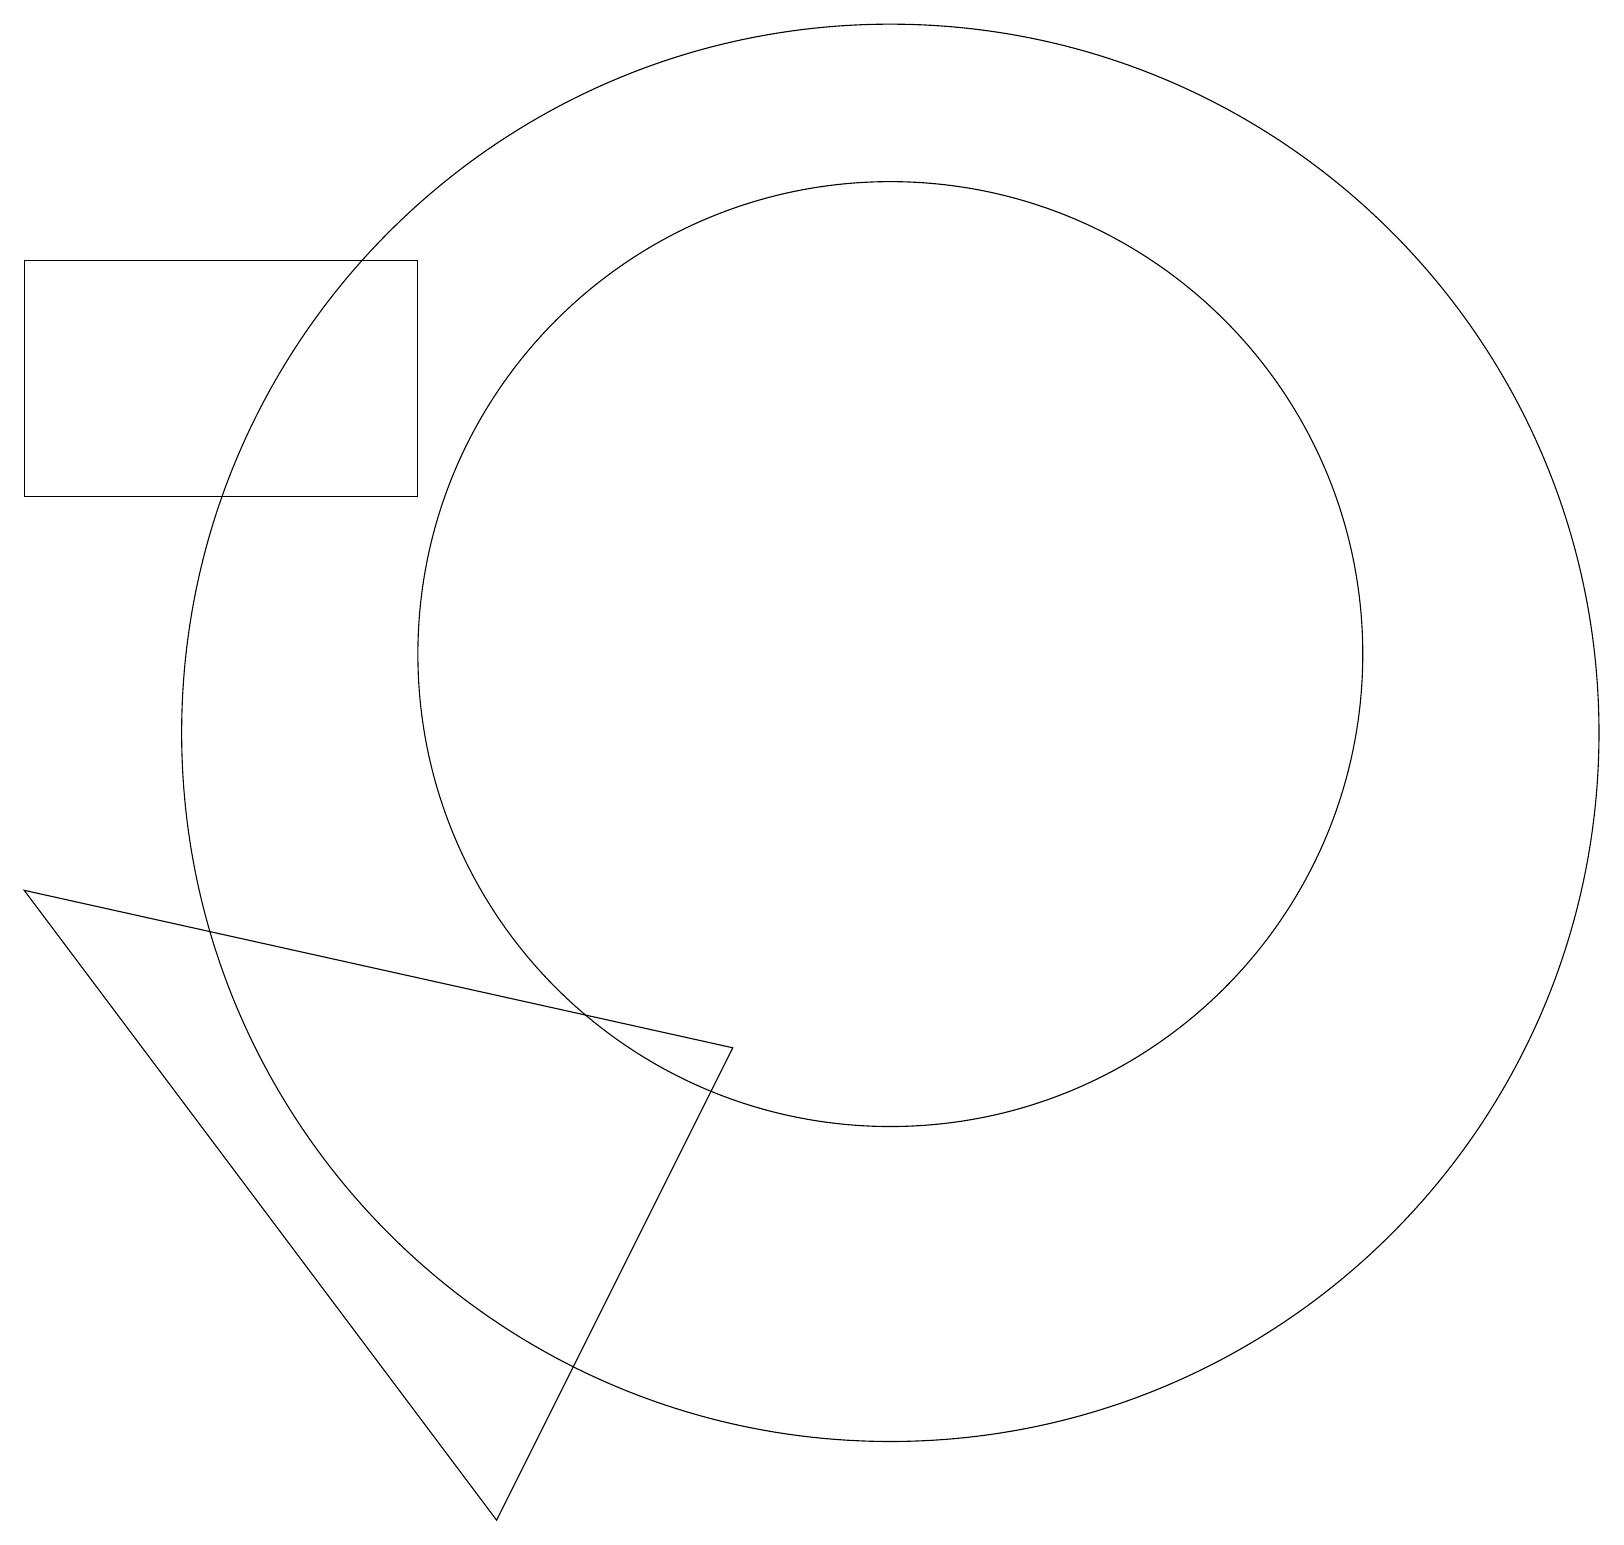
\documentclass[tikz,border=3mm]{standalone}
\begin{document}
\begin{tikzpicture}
\draw (11,11) circle (9);
\draw (11,12) circle (6);
\draw (9,7) -- (6,1) -- (0,9) -- cycle;
\draw (5,17) rectangle (0,14);
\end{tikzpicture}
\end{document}